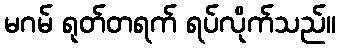
မဂမ် ရုတ်တရက် ရပ်လိုက်သည်။